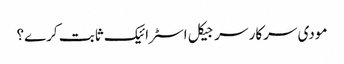
مودی سرکار سرجیکل اسٹرائیک ثابت کرے؟